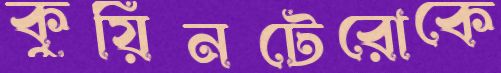
কুয়িনটেরোকে